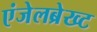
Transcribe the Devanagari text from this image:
एंजेलब्रेख्ट